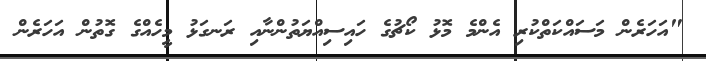
"އަހަރެން މަސައްކަތްކުރި އެންމެ މޮޅު ކޯޗުގެ ހައިސިއްޔަތުންނާއި ރަނގަޅު މީހެއްގެ ގޮތުން އަހަރެން